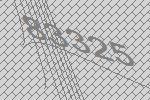
83325